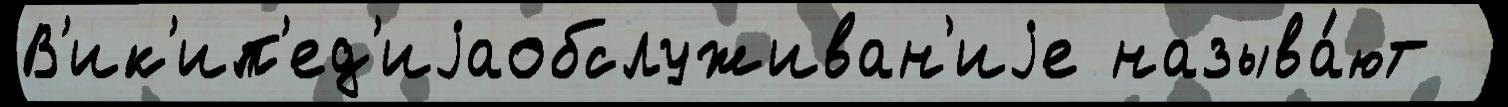
В'ик'ип'ед'иjаобслуживан'иjе называ́ют